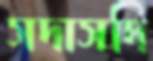
সদাসদি